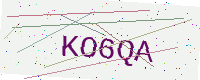
Text: KO6QA